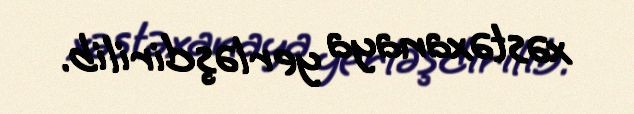
xəstəxanaya yerləşdirilib.